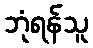
ဘုံရန်သူ